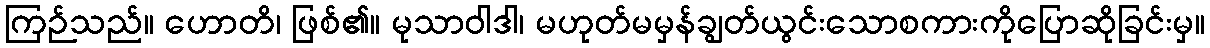
ကြဉ်သည်။ ဟောတိ၊ ဖြစ်၏။ မုသာဝါဒါ၊ မဟုတ်မမှန်ချွတ်ယွင်းသောစကားကိုပြောဆိုခြင်းမှ။